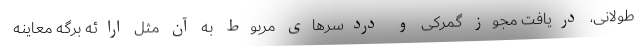
طولانی، دریافت مجوز گمرکی و دردسرهای مربوط به آن مثل ارائه برگه معاینه